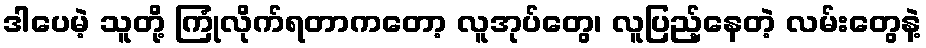
ဒါပေမဲ့ သူတို့ ကြုံလိုက်ရတာကတော့ လူအုပ်တွေ၊ လူပြည့်နေတဲ့ လမ်းတွေနဲ့